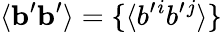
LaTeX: \langle{{\mathbf{b}}^{\prime}{\mathbf{b}}^{\prime}}\rangle=\{ {\langle{b^{\prime}{}^{i}b^{\prime}{}^{j}}\rangle}\}